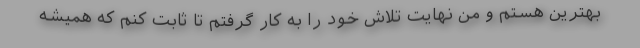
بهترین هستم و من نهایت تلاش خود را به کار گرفتم تا ثابت کنم که همیشه